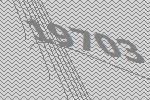
19703